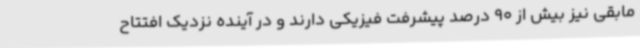
مابقی نیز بیش از 90 درصد پیشرفت فیزیکی دارند و در آینده نزدیک افتتاح